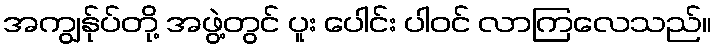
အကျွန်ုပ်တို့ အဖွဲ့တွင် ပူး ပေါင်း ပါဝင် လာကြလေသည်။